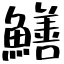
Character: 鱔